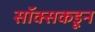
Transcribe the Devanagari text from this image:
सॉक्सकडून